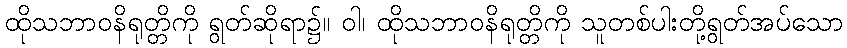
ထိုသဘာဝနိရုတ္တိကို ရွတ်ဆိုရာ၌။ ဝါ၊ ထိုသဘာဝနိရုတ္တိကို သူတစ်ပါးတို့ရွတ်အပ်သော